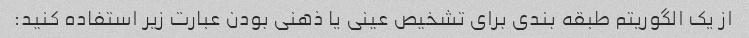
از یک الگوریتم طبقه بندی برای تشخیص عینی یا ذهنی بودن عبارت زیر استفاده کنید: